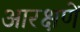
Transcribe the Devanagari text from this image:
आरक्षणें